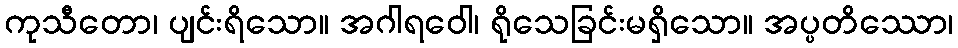
ကုသီတော၊ ပျင်းရိသော။ အဂါရဝေါ၊ ရိုသေခြင်းမရှိသော။ အပ္ပတိဿော၊